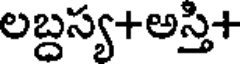
లబ్దస్య+అస్తి+